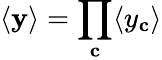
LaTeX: \langle\mathbf{y}\rangle=\prod_{\mathbf{c}}\langle y_{\mathbf{c}}\rangle